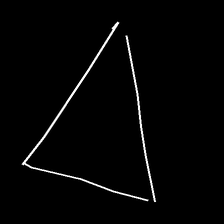
Glyph: convergence